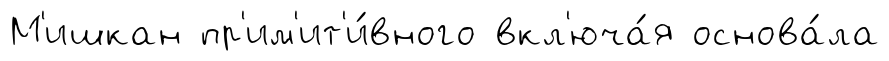
М'ишкан пр'им'ит'и́вного вкл'юча́я основа́ла